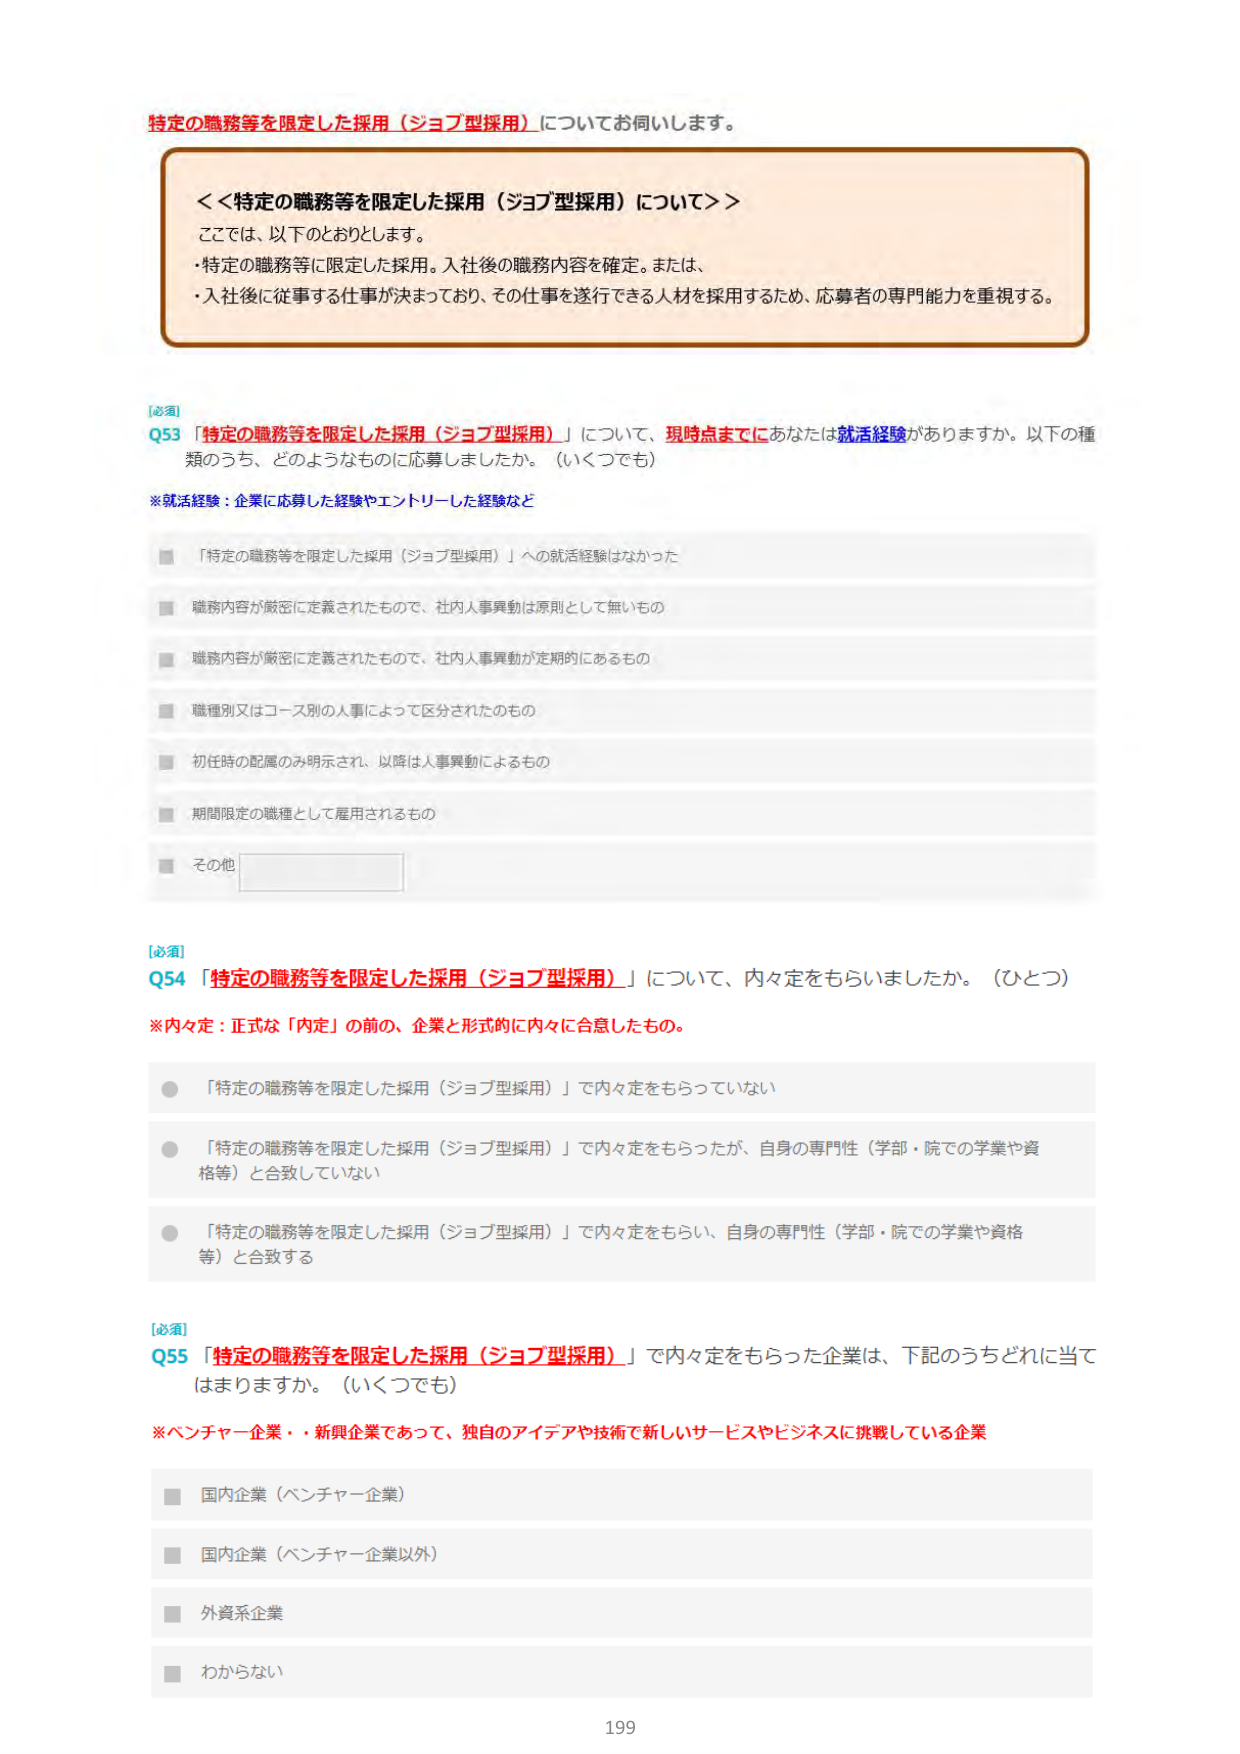
特定の職務等を限定した採用（ジョブ型採用）についてお伺いします。

<<特定の職務等を限定した採用（ジョブ型採用）について>>
ここでは、以下のとおりとします。
・特定の職務等に限定した採用。入社後の職務内容を確定。または、
・入社後に従事する仕事が決まっており、その仕事を遂行できる人材を採用するため、応募者の専門能力を重視する。

【必須】
Q53 「特定の職務等を限定した採用（ジョブ型採用）」について、現時点までにあなたは就活経験がありますか。以下の種類のうち、どのようなものに応募しましたか。（いくつでも）

※就活経験：企業に応募した経験やエントリーした経験など

■ 「特定の職務等を限定した採用（ジョブ型採用）」への就活経験はなかった
■ 職務内容が厳密に定義されたもので、社内人事異動は原則として無いもの
■ 職務内容が厳密に定義されたもので、社内人事異動が定期的にあるもの
■ 職種別又はコース別的人事によって区分されたもの
■ 初任時の配属のみ明示され、以降は人事異動によるもの
■ 期間限定の職種として雇用されるもの
■ その他

【必須】
Q54 「特定の職務等を限定した採用（ジョブ型採用）」について、内々定をもらいましたか。（ひとつ）

※内々定：正式な「内定」の前の、企業と形式的に内々に合意したもの。

● 「特定の職務等を限定した採用（ジョブ型採用）」で内々定をもらっていない
● 「特定の職務等を限定した採用（ジョブ型採用）」で内々定をもらったが、自身の専門性（学部・院での学業や資格等）と合致していない
● 「特定の職務等を限定した採用（ジョブ型採用）」で内々定をもらい、自身の専門性（学部・院での学業や資格等）と合致する

【必須】
Q55 「特定の職務等を限定した採用（ジョブ型採用）」で内々定をもらった企業は、下記のうちどれに当てはまりますか。（いくつでも）

※ベンチャー企業・新興企業であって、独自のアイデアや技術で新しいサービスやビジネスに挑戦している企業

■ 国内企業（ベンチャー企業）
■ 国内企業（ベンチャー企業以外）
■ 外資系企業
■ わからない

199